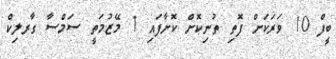
ބީފް 10 ވަރަކަށް ފޮތި ތުނިކޮށް ކޮށާފައި 1 މޭޒުމަތީ ސަމްސާ ގާރލިކް